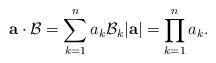
LaTeX: \begin{align*}\mathbf{a} \cdot \mathcal{B} = \sum_{k=1}^{n} a_{k} \mathcal{B}_{k} |\mathbf{a}| = \prod_{k=1}^{n} a_{k}.\end{align*}